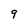
Character: 9